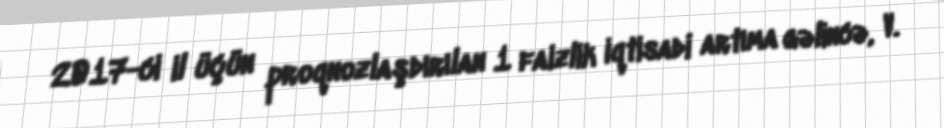
2017-ci il üçün proqnozlaşdırılan 1 faizlik iqtisadi artıma gəlincə, V.